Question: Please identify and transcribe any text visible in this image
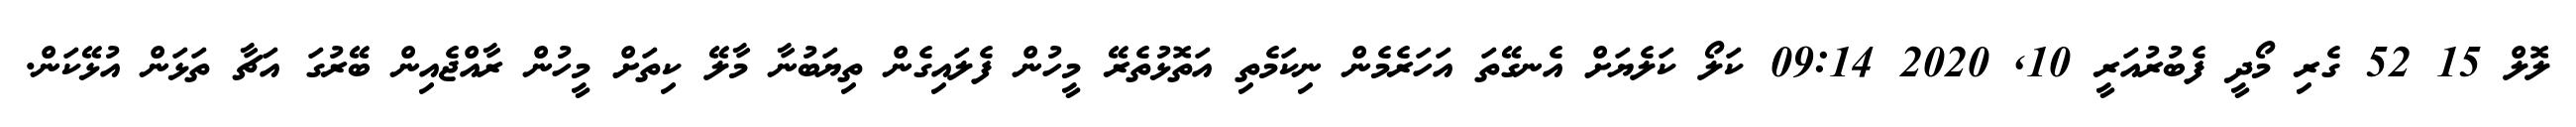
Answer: ލޮލް 15 52 ގެރި މޯދީ ފެބުރުއަރީ 10, 2020 09:14 ކަލޯ ކަލެޔަށް އެނގޭތަ އަހަރެމެން ނިކަމެތި އަތޮޅުތެރޭ މީހުން ފެލައިގެން ތިޔަބުނާ މާލޭ ކިތަށް މީހުން ރާއްޖެއިން ބޭރުގަ އަޗާ ތަޅަން އުޅޭކަން.